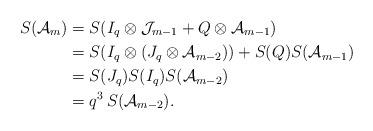
LaTeX: \begin{align*} S(\mathcal{A}_{m}) & = S(I_q \otimes \mathcal{J}_{m-1} + Q \otimes \mathcal{A}_{m-1}) \\ & = S( I_q \otimes (J_q \otimes \mathcal{A}_{m-2}) ) + S(Q)S(\mathcal{A}_{m-1}) \\ & = S(J_q)S(I_q)S(\mathcal{A}_{m-2}) \\ & = q^3 \, S(\mathcal{A}_{m-2}).\end{align*}